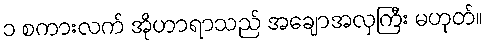
၁ စကားလက် အိုဟာရာသည် အချောအလှကြီး မဟုတ်။